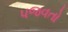
પજવતો